Vaccination North-Western Provinces 1866-1877 - 1866-1877
Year: 1866
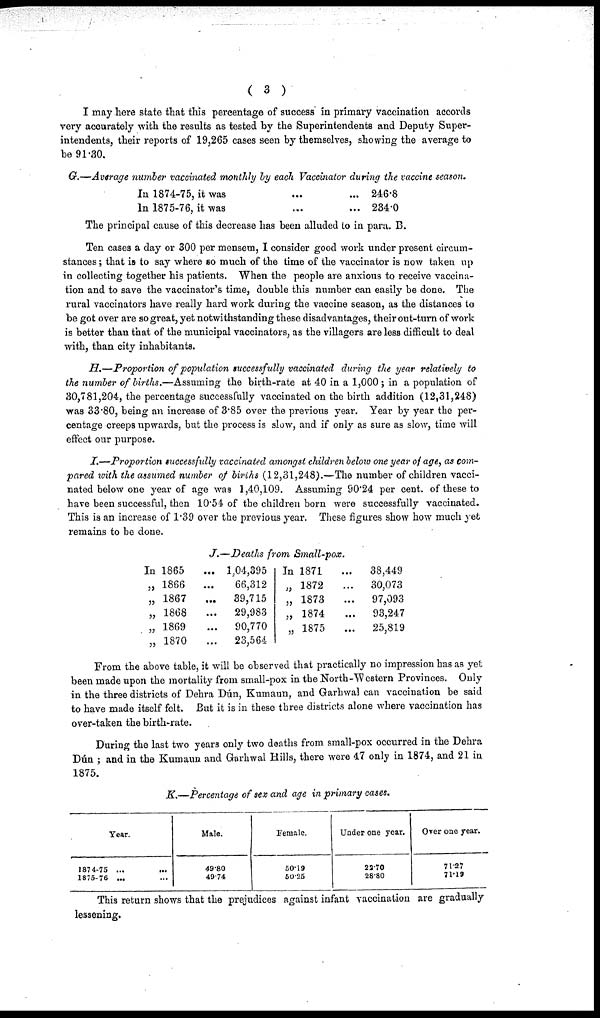
( 3 )
I may here state that this percentage of success in primary vaccination accords
very accurately with the results as tested by the Superintendents and Deputy Super-
intendents, their reports of 19,265 cases seen by themselves, showing the average to
be 91.30.
G.—Average number vaccinated monthly by each Vaccinator during the vaccine season.
In 1874-75, it was ... ...
In 1875-76, it was ... ...
246.8
234.0
The principal cause of this decrease has been alluded to in para. B.
Ten cases a day or 300 per mensem, I consider good work under present circum-
stances; that is to say where so much of the time of the vaccinator is now taken up
in collecting together his patients. When the people are anxious to receive vaccina-
tion and to save the vaccinator's time, double this number can easily be done. The
rural vaccinators have really hard work during the vaccine season, as the distances to
be got over are so great, yet notwithstanding these disadvantages, their out-turn of work
is better than that of the municipal vaccinators, as the villagers are less difficult to deal
with, than city inhabitants.
H.—Proportion of population successfully vaccinated during the year relatively to
the number of births.—Assuming the birth-rate at 40 in a 1,000; in a population of
30,781,204, the percentage successfully vaccinated on the birth addition (12,31,248)
was 33.80, being an increase of 3.85 over the previous year. Year by year the per-
centage creeps upwards, but the process is slow, and if only as sure as slow, time will
effect our purpose.
I.—Proportion successfully vaccinated amongst children below one year of age, as com-
pared with the assumed number of births (12,31,248).—The number of children vacci-
nated below one year of age was 1,40,109. Assuming 90.24 per cent. of these to
have been successful, then 10.54 of the children born were successfully vaccinated.
This is an increase of 1.39 over the previous year. These figures show how much yet
remains to be done.
J.— Deaths from Small-pox.
In 1865 ...
„ 1866
...
„ 1867
...
„ 1868
...
„ 1869 ...
„ 1870 ...
1,04,395
66,312
39,715
29,983
90,770
23,564
In 1871 ...
„ 1872 ...
„ 1873 ...
„ 1874
...
„ 1875 ...
38,449
30,073
97,093
93,247
25,819
From the above table, it will be observed that practically no impression has as yet
been made upon the mortality from small-pox in the North-Western Provinces. Only
in the three districts of Dehra Dún, Kumaun, and Garhwal can vaccination be said
to have made itself felt. But it is in these three districts alone where vaccination has
over-taken the birth-rate.
During the last two years only two deaths from small-pox occurred in the Dehra
Dún; and in the Kumaun and Garhwal Hills, there were 47 only in 1874, and 21 in
1875.
K.—Percentage of sex and age in primary cases.
Year.
1874-75 ... ...
1875-76 ... ...
Male.
49.80
49.74
Female.
50.19
50.25
Under one year.
22.70
28.80
Over one year.
71.27
71.19
This return shows that the prejudices against infant vaccination are gradually
lessening.